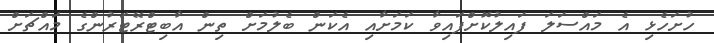
ހުށަހެޅި އެ މައްސަލަ ފައިލުކޮށްފައިވާ ކަމަށާއި އެކަން ބެލުމަށް ތިން އާބިޓްރޭޓަރުންގެ މައްޗަށް